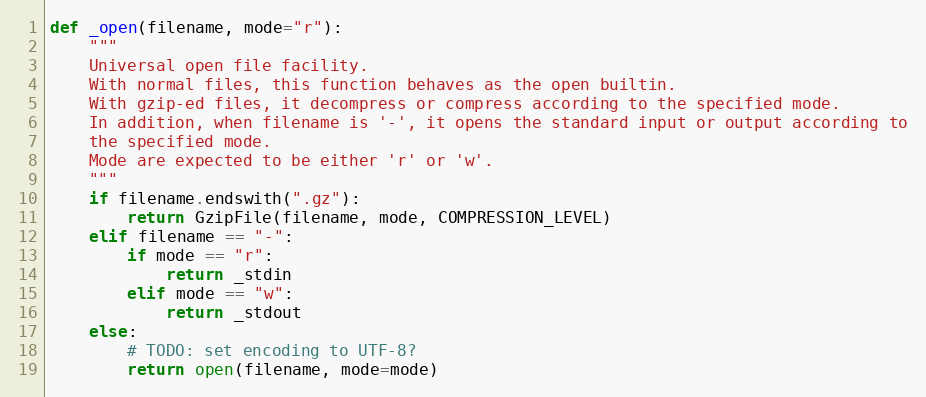
Language: Python
def _open(filename, mode="r"):
    """
    Universal open file facility.
    With normal files, this function behaves as the open builtin.
    With gzip-ed files, it decompress or compress according to the specified mode.
    In addition, when filename is '-', it opens the standard input or output according to
    the specified mode.
    Mode are expected to be either 'r' or 'w'.
    """
    if filename.endswith(".gz"):
        return GzipFile(filename, mode, COMPRESSION_LEVEL)
    elif filename == "-":
        if mode == "r":
            return _stdin
        elif mode == "w":
            return _stdout
    else:
        # TODO: set encoding to UTF-8?
        return open(filename, mode=mode)